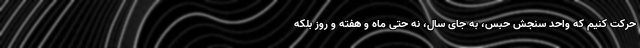
حرکت کنیم که واحد سنجش حبس، به جای سال، نه حتی ماه و هفته و روز بلکه